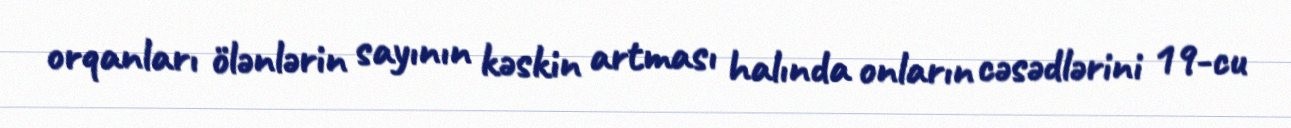
orqanları ölənlərin sayının kəskin artması halında onların cəsədlərini 19-cu